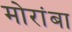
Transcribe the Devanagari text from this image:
मोरांबा